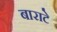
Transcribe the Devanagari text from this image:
बाराटे